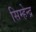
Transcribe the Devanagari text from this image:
सिम्हेन्द्र